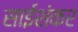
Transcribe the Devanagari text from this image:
साईशंकर